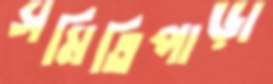
সমিতিপাড়া